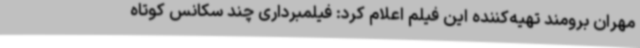
مهران برومند تهیه‌کننده این فیلم اعلام کرد: فیلمبرداری چند سکانس کوتاه